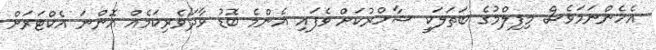
އެހެންނަމަވެސް މިފިލްމުގެ ބަތަލަކީ ޝާހްރުކަށް ވެފައި އެންމެ ބޮޑު ވާދަވެރިކަމެއް އޮންނަ އެކްޓަރަށް